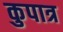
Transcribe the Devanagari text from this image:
कुपात्र